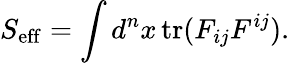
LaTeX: S_{\mathrm{eff}}=\int d^{n}x\, \mathrm{tr}(F_{ij}F^{ij}).